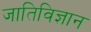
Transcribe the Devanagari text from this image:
जातिविज्ञान